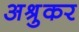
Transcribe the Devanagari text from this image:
अश्रुकर